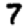
Digit: 7